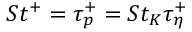
S t ^ { + } = \tau _ { p } ^ { + } = S t _ { K } \tau _ { \eta } ^ { + }